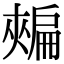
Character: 𢩟